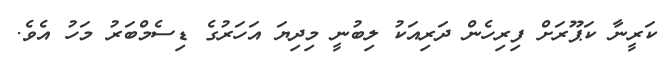
ކަރީނާ ކަޕޫރަށް ފިރިހެން ދަރިއަކު ލިބުނީ މިދިޔަ އަހަރުގެ ޑިސެމްބަރު މަހު އެވެ.